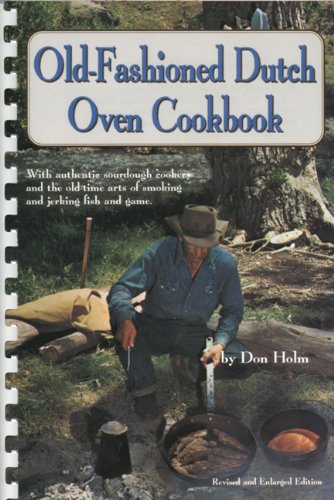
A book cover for Old-Fashioned Dutch Oven Cookbook; Don Holm; Cookbooks, Food & Wine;